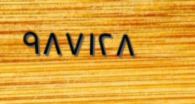
٩٨٧١٢٨